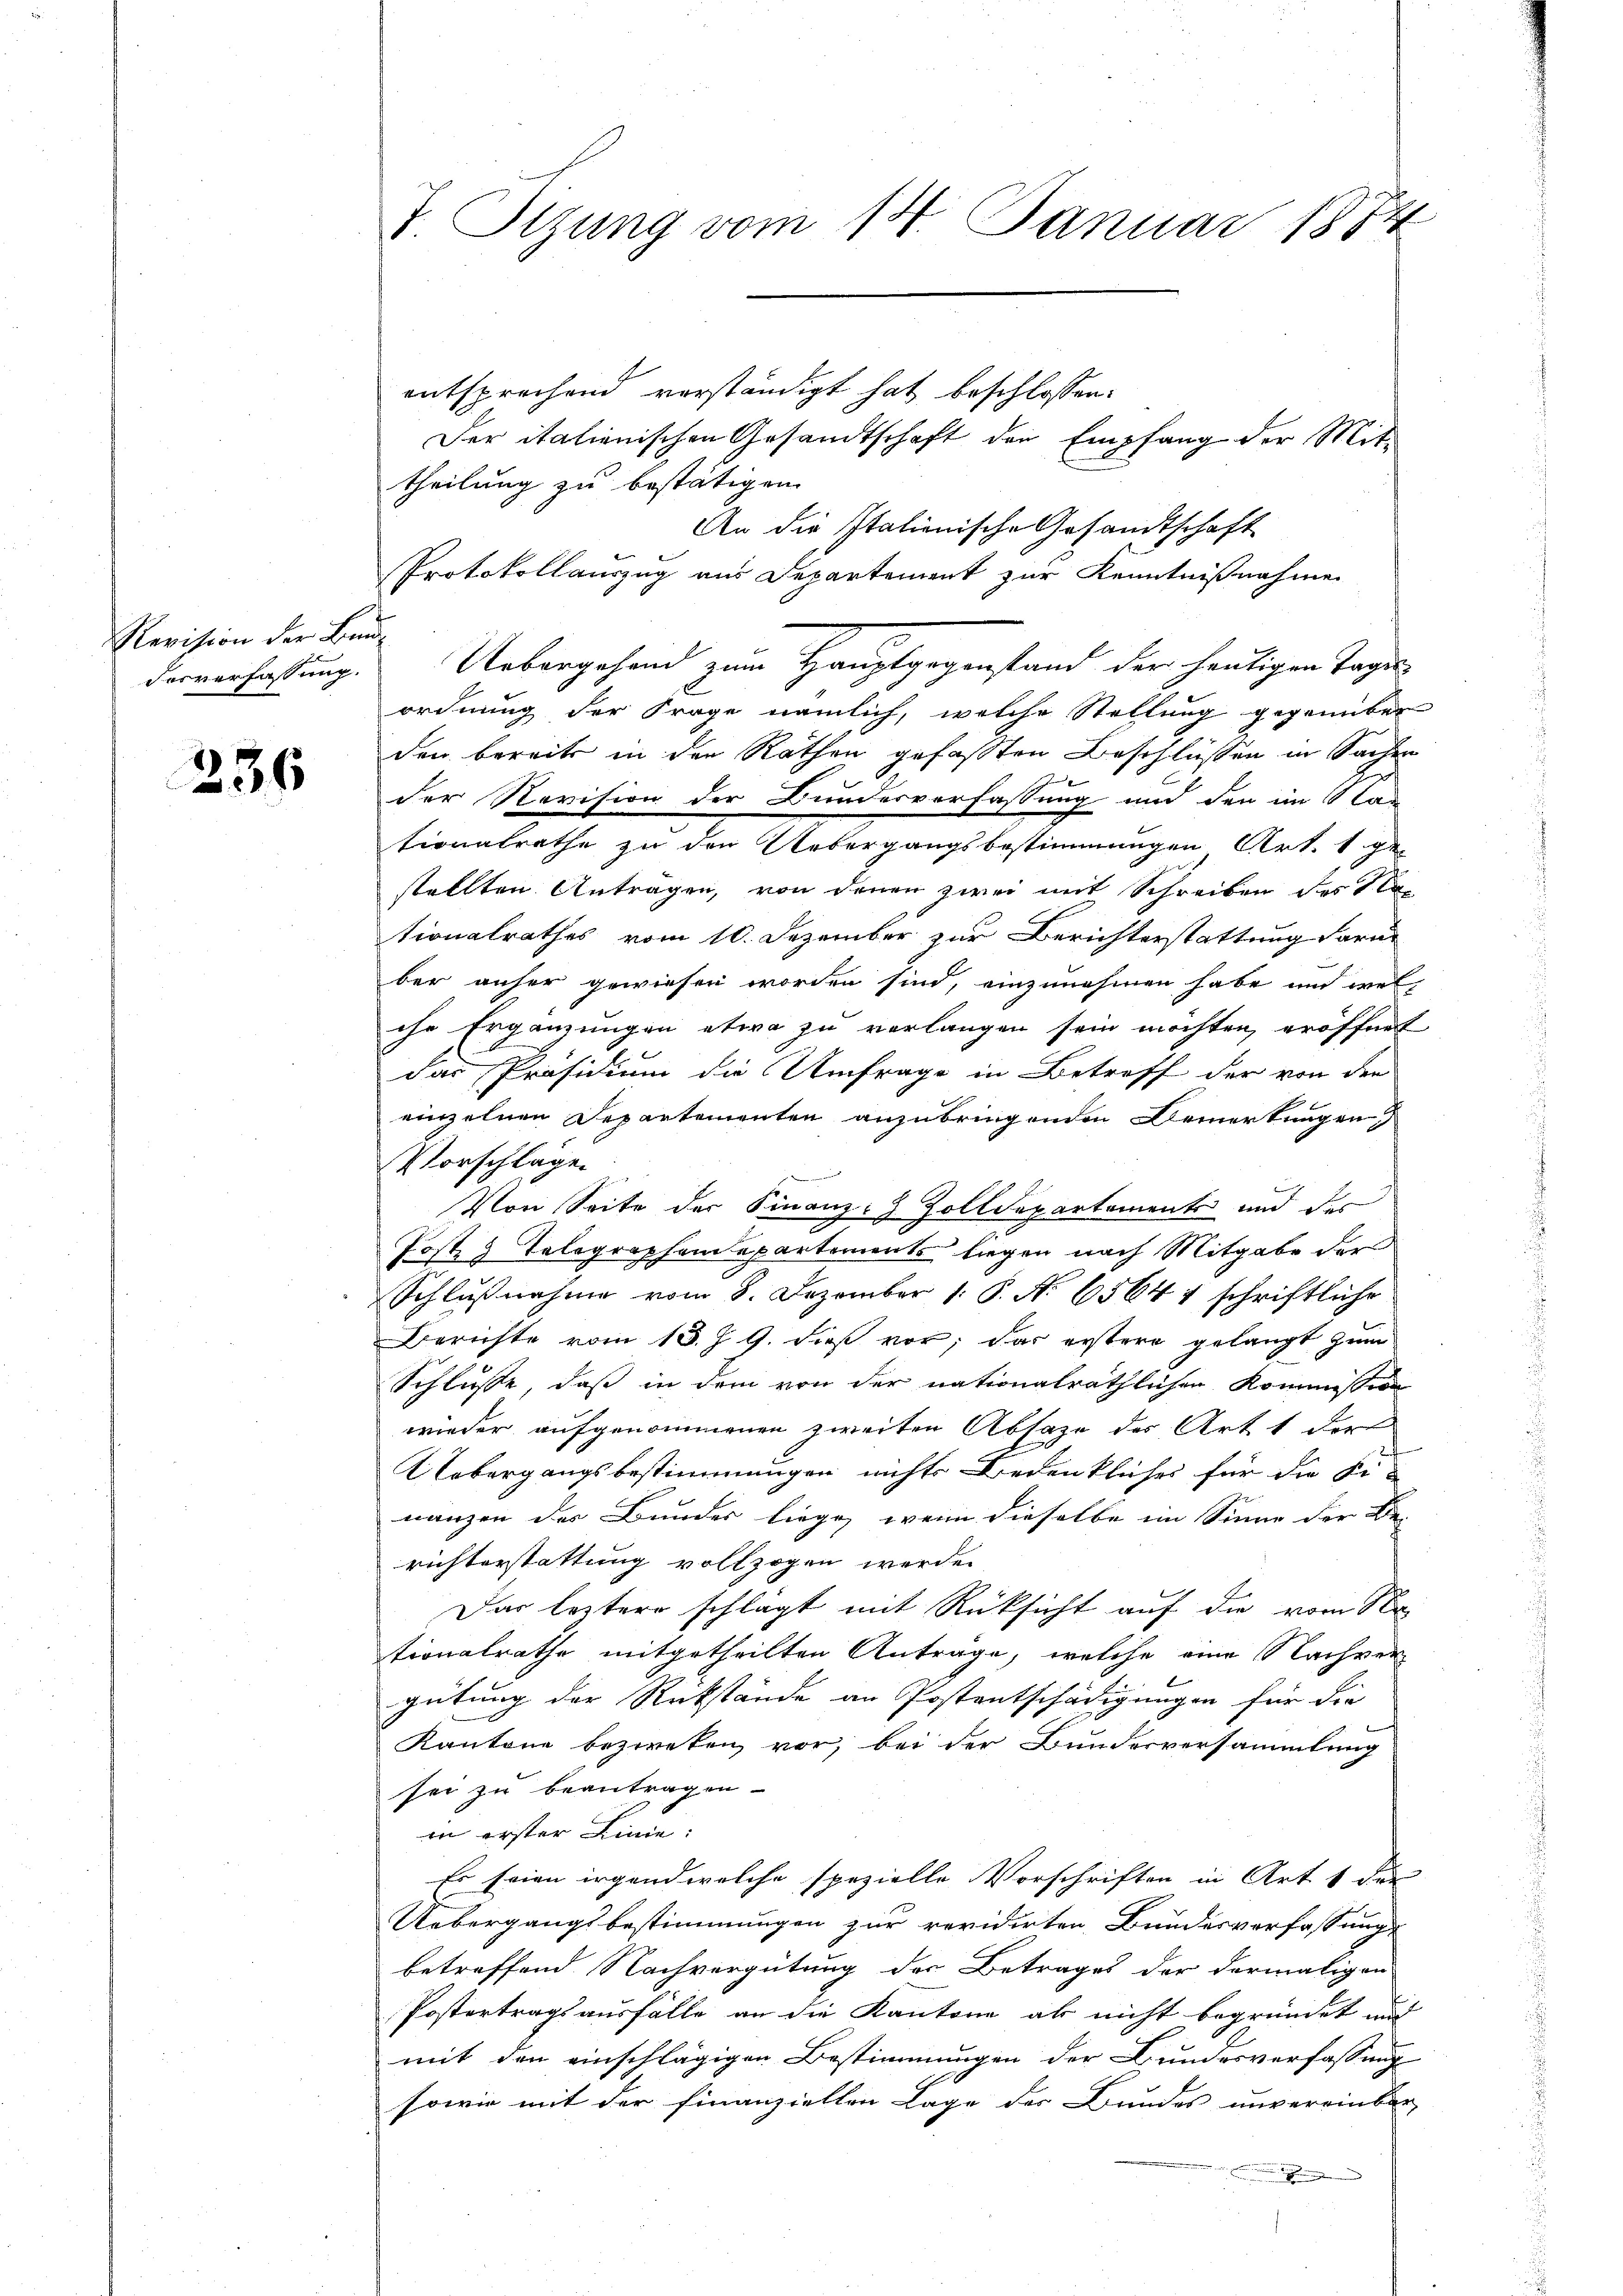
Revision der Bun¬
Fosverfassung.

236

I. Stzung vom 14. Januar 1874

entsprechend vorständigt hat beschlossen:
Der italienischen Gesandtschaft den Empfang der Mit-
theilung zu bestätigen.
An die Italienische Gesandtschaft
Protokollauszug aus Departement zur Kenntnißnahme
t
Uebergehend zum Hauptgegenstand der heutigen Tages
ordnung der Frage nämlich, welche Stellung gegenüber
den bereits in der Räthen gefassten Beschlüssen in Sachen
der Revision der Bundesverfassung und den im Stan
tionalrathe zu den Uebergangsbestimmungen Art. 1 ge
stellten Antragen, von denen zwei mit Schreiben des Sta
tionalrathes vom 10. Dezember zur Berichterstattung daru
ber anher gewiesen worden sind, einzunehmen habe und wel
ihr Ergänzungen etwa zu verlangen sein möchten, eröffnet
das Präsidium die Umfrage in Betreff der von der
einzelnen Departementen anzubringenden Bemerkungen
Vorschläge
Von Seite der Finanz- Zolldepartements und des
Post 3 Telegraphendepartements liegen nach Mitgabe der
Schlußnahme vom 8. Dezember 1 S. No 65644 schriftliche
Berichte vom 13. J. G. dieß vor; das erstere gelangt zum
Schlüsse, daß in dem von der nationalräthlichen Kommission
wieder aufgenommenen zweiten Absage des Art 1 der
Uebergangsbestimmungen nichts bedenkliches für die Finanzen des Bundes liege, wenn dieselbe im Sinne der Be-
richterstattung vollzogen werde.
Das leztere schlägt mit Rücksicht auf die vom 8ten
tionalrathe mitgetheilten Antrage, welche eine Nachver
gütung der Rückstände an Postentschädigungen für die
Kantone bezweken vor, bei der Bundesversammlung
sei zu beantragen
in erster Linie:
Es seien irgend welche spezielle Vorschriften in Art. 1 die
Uebergangsbestimmungen zur revidirten Bundesverfassung
betreffend Nachvergütung des Betrages der dermaligen
Postertragsausfälle an die Kantone als nicht begründet auch
mit den einschlägigen Bestimmungen der Bundesverfassung
sowie mit der finanziellen Lage der Bundes unvereinbar
u die